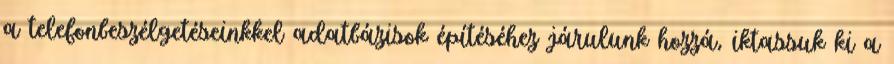
a telefonbeszélgetéseinkkel adatbázisok építéséhez járulunk hozzá, iktassuk ki a